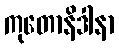
ကုတောနိဒါနာ